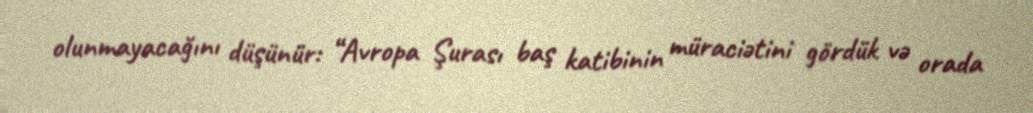
olunmayacağını düşünür: “Avropa Şurası baş katibinin müraciətini gördük və orada